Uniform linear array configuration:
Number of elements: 8
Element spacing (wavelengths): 0.75
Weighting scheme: binomial
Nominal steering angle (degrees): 0
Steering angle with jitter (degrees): -1.253
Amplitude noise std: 0.05
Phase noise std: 0.05

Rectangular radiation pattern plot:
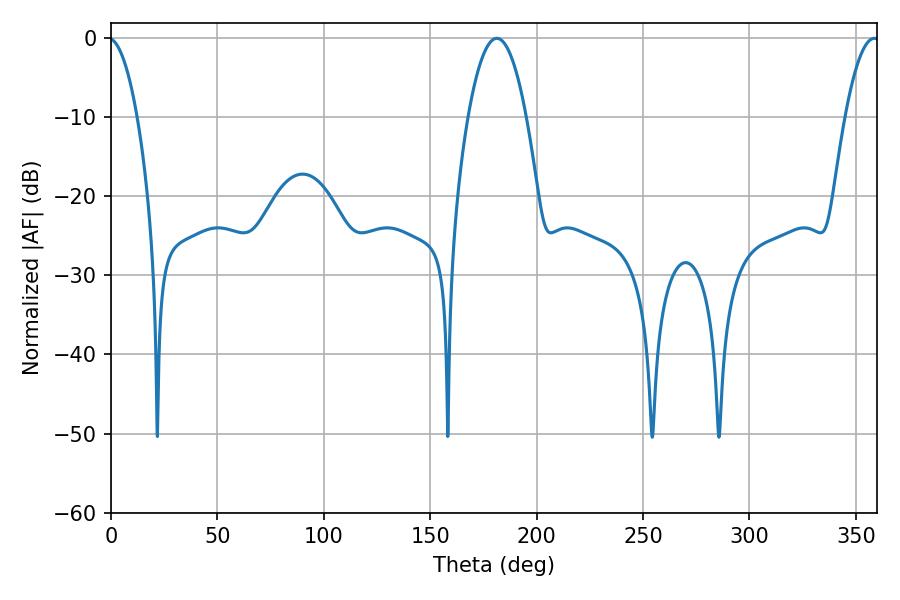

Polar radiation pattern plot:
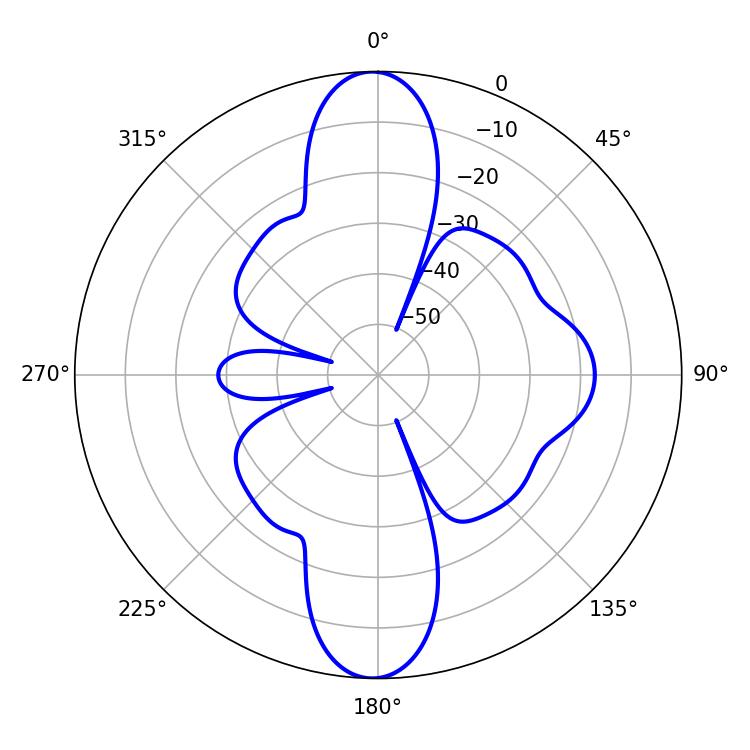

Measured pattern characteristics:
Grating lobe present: TRUE
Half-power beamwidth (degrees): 15.12
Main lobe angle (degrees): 181.26